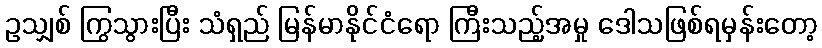
ဥသျှစ် ကြွသွားပြီး သံရှည် မြန်မာနိုင်ငံရော ကြီးသည့်အမှု ဒေါသဖြစ်ရမှန်းတော့